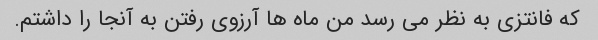
که فانتزی به نظر می رسد من ماه ها آرزوی رفتن به آنجا را داشتم.